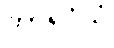
ကာရဝိယံ